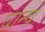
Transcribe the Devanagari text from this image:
घान्चे